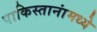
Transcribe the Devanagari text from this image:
पाकिस्तानांमध्ये